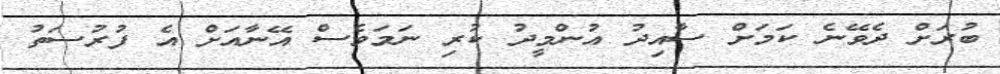
ބުރަށް ދެވޭނެ ކަމަށް ސާއިދު އުންމީދު ކުރި ނަމަވެސް އޭނާއަށް އެ ފުރުސަތު